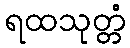
ရထသုတ္တံ